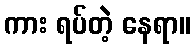
ကား ရပ်တဲ့ နေရာ။